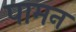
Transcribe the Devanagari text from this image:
पामन